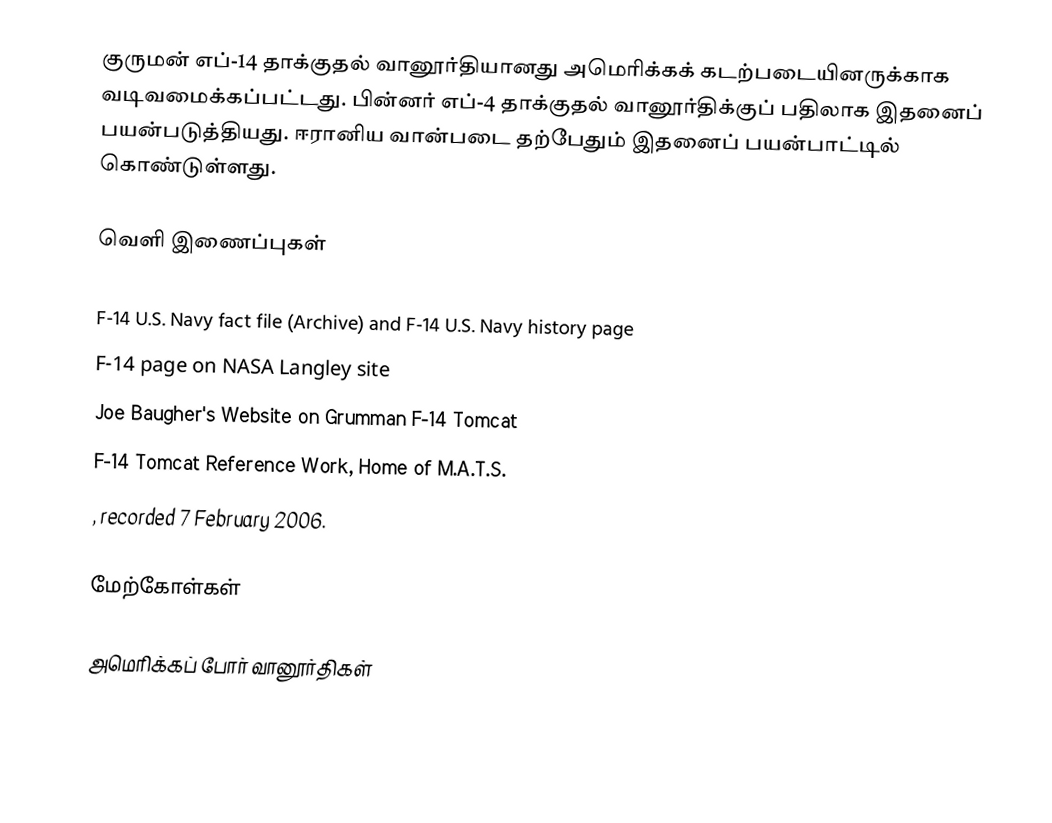
குருமன் எப்-14 தாக்குதல் வானூர்தியானது அமெரிக்கக் கடற்படையினருக்காக வடிவமைக்கப்பட்டது. பின்னர் எப்-4 தாக்குதல் வானூர்திக்குப் பதிலாக இதனைப் பயன்படுத்தியது. ஈரானிய வான்படை தற்பேதும் இதனைப் பயன்பாட்டில் கொண்டுள்ளது.

வெளி இணைப்புகள்

F-14 U.S. Navy fact file (Archive) and F-14 U.S. Navy history page
F-14 page on NASA Langley site
Joe Baugher's Website on Grumman F-14 Tomcat
 F-14 Tomcat Reference Work, Home of M.A.T.S.
, recorded 7 February 2006.

மேற்கோள்கள்

அமெரிக்கப் போர் வானூர்திகள்